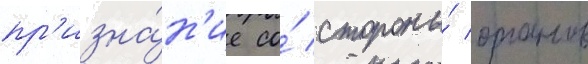
пр'изна́н'ие со́ стороны́ органов